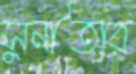
সুনীতার